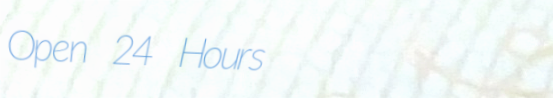
Open 24 Hours